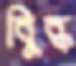
বিুব্ধ